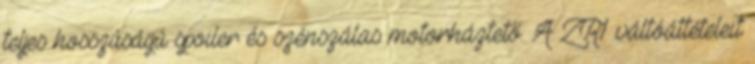
teljes hosszúságú spoiler és szénszálas motorháztető. A ZR1 váltóáttételeit